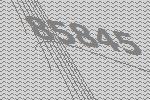
85845